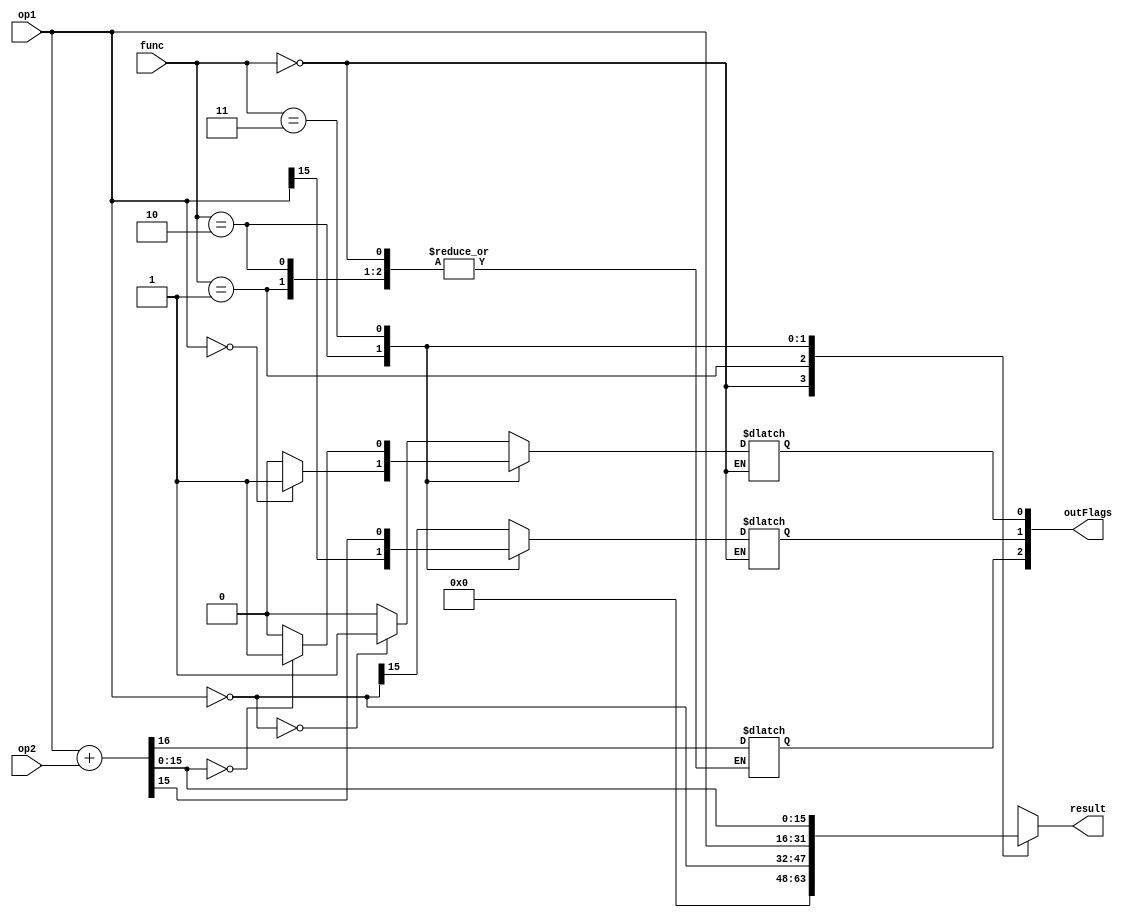


module ALU_1 (op1,op2,func,result,outFlags);

//input writeFlags;
input [15:0] op1,op2;
input [1:0] func;
output reg [15:0] result;
output wire [5:0]  outFlags;
reg [5:0] flags;    // 0 -> zero , 1 -> sign  2-> carry 
assign outFlags = flags; // assign outFlags with flag register so flags are already read from ALU (continous Read)
always @(*) begin
    case (func)
    2'b00: begin  // No Operation
        result <= 16'b0;
    end
     2'b01: begin  // NOT
        result = ~ op1;
        flags[0] = 0;
        if(result == 0) begin
            flags[0] = 1;// Flags should be affected
        end
        flags[1] = result[15];// Flags should be affected
    end
    2'b10: begin  //  mov operand 1
        result = op1;
        flags[0] = 0;
        if(op1 == 0) begin
            flags[0] = 1;// Flags should be affected
        end
        flags[1] = op1[15];// Flags should be affected
    end
    2'b11: begin  // ADD
        {flags[2] ,result} = op1 + op2 ; 
        flags[0] = 0;
        if(result == 0) begin
            flags[0] = 1;// Flags should be affected
        end
        flags[1] = result[15];// Flags should be affected
    end
     default: 
            result <= 16'b0;
    endcase
end

endmodule